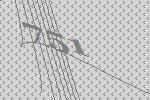
751